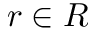
r \in R